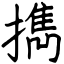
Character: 擕